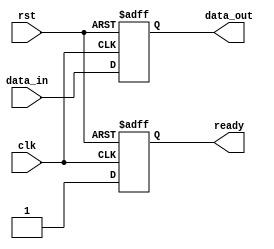
module reset_condition (
    input wire clk,        // Clock signal
    input wire rst,        // Active-high reset signal
    input wire [7:0] data_in, // Example input data
    output reg [7:0] data_out, // Output data
    output reg ready       // Example output flag
);

// Internal state variables
reg [7:0] counter; // Example counter variable
reg flag;          // Example flag variable

// Synchronous reset logic
always @(posedge clk or posedge rst) begin
    if (rst) begin
        // Reset condition: initialize internal variables and outputs
        counter <= 8'b0;    // Reset counter to zero
        data_out <= 8'b0;    // Clear output data
        flag <= 1'b0;        // Clear flag
        ready <= 1'b0;       // Set ready flag low
    end else begin
        // Normal operation logic (example)
        counter <= counter + 1; // Increment counter
        data_out <= data_in;     // Pass input data to output
        ready <= 1'b1;           // Set ready flag high
    end
end

endmodule